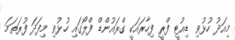
މިއަދު ހުޅުވި ޑިއުޓީ ފްރީ ފިހާރައަކީ ގްރައުންޑް ފްލޯގައި ހުޅުވި މިފަދަ ފުރަތަމަ